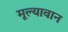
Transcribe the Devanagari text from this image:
मूल्‍यावान